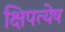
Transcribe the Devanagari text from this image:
क्षिपत्येष